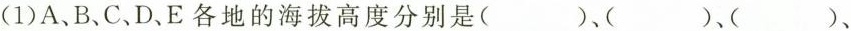
(1)A、B、C，D、E各地的海拔高度分别是()、()、()